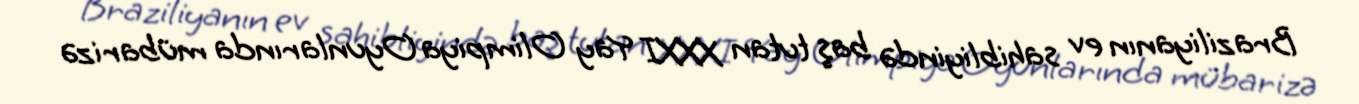
Braziliyanın ev sahibliyində baş tutan XXXI Yay Olimpiya Oyunlarında mübarizə